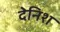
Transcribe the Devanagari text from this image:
देनिश